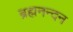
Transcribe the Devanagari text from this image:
ब्रह्मनन्दन